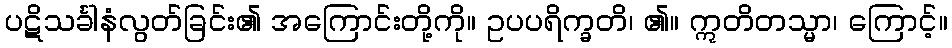
ပဋိသင်္ခါနံလွတ်ခြင်း၏ အကြောင်းတို့ကို။ ဥပပရိက္ခတိ၊ ၏။ ဣတိတသ္မာ၊ ကြောင့်။